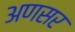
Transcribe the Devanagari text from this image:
अणसर